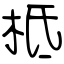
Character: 柢